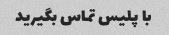
با پلیس تماس بگیرید